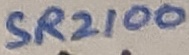
Text: SR2100